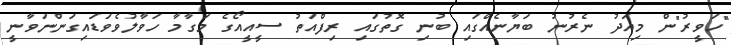
"ހަވީރު"ން މިއަދު ނެރުނު ބަޔާނެއްގައި ބުނި ގޮތުގައި ރިފްއަތު ސީއީއޯގެ މަގާމާ ހަވާލުވެވަޑައިގަންނަވާނީ